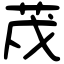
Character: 荗